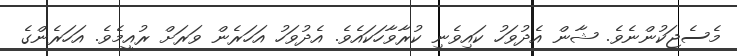
މެސެޖަކުންނެވެ. ޝާން އެދުވަހު ކައިވެނި ކުރާވާހަކައެވެ. އެދުވަހު އަހަރެން ވަރަށް ރުއީމެވެ. އަހަރެންގެ